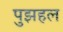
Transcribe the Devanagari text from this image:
पुझहल